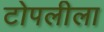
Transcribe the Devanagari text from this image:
टोपलीला